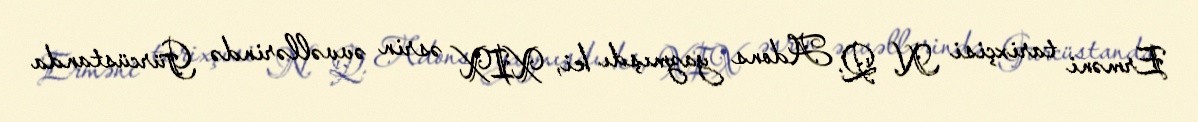
Erməni tarixçisi N. Q. Adons yazmışdı ki, XIX əsrin əvvəllərində Gürcüstanda